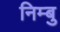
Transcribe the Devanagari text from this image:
निम्बु